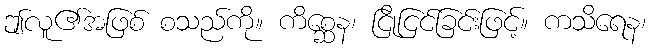
ဤလူ၏အဖြစ် စသည်ကို။ ကိစ္ဆေန၊ ငြိုငြင်ခြင်းဖြင့်။ ကသိရေန၊